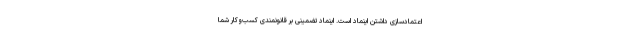
اعتمادسازی داشتن اینماد است. اینماد تضمینی بر قانونمندی کسب‌وکار شما